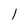
Character: l